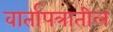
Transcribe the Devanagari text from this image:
वार्तापत्रातील